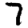
Digit: 7